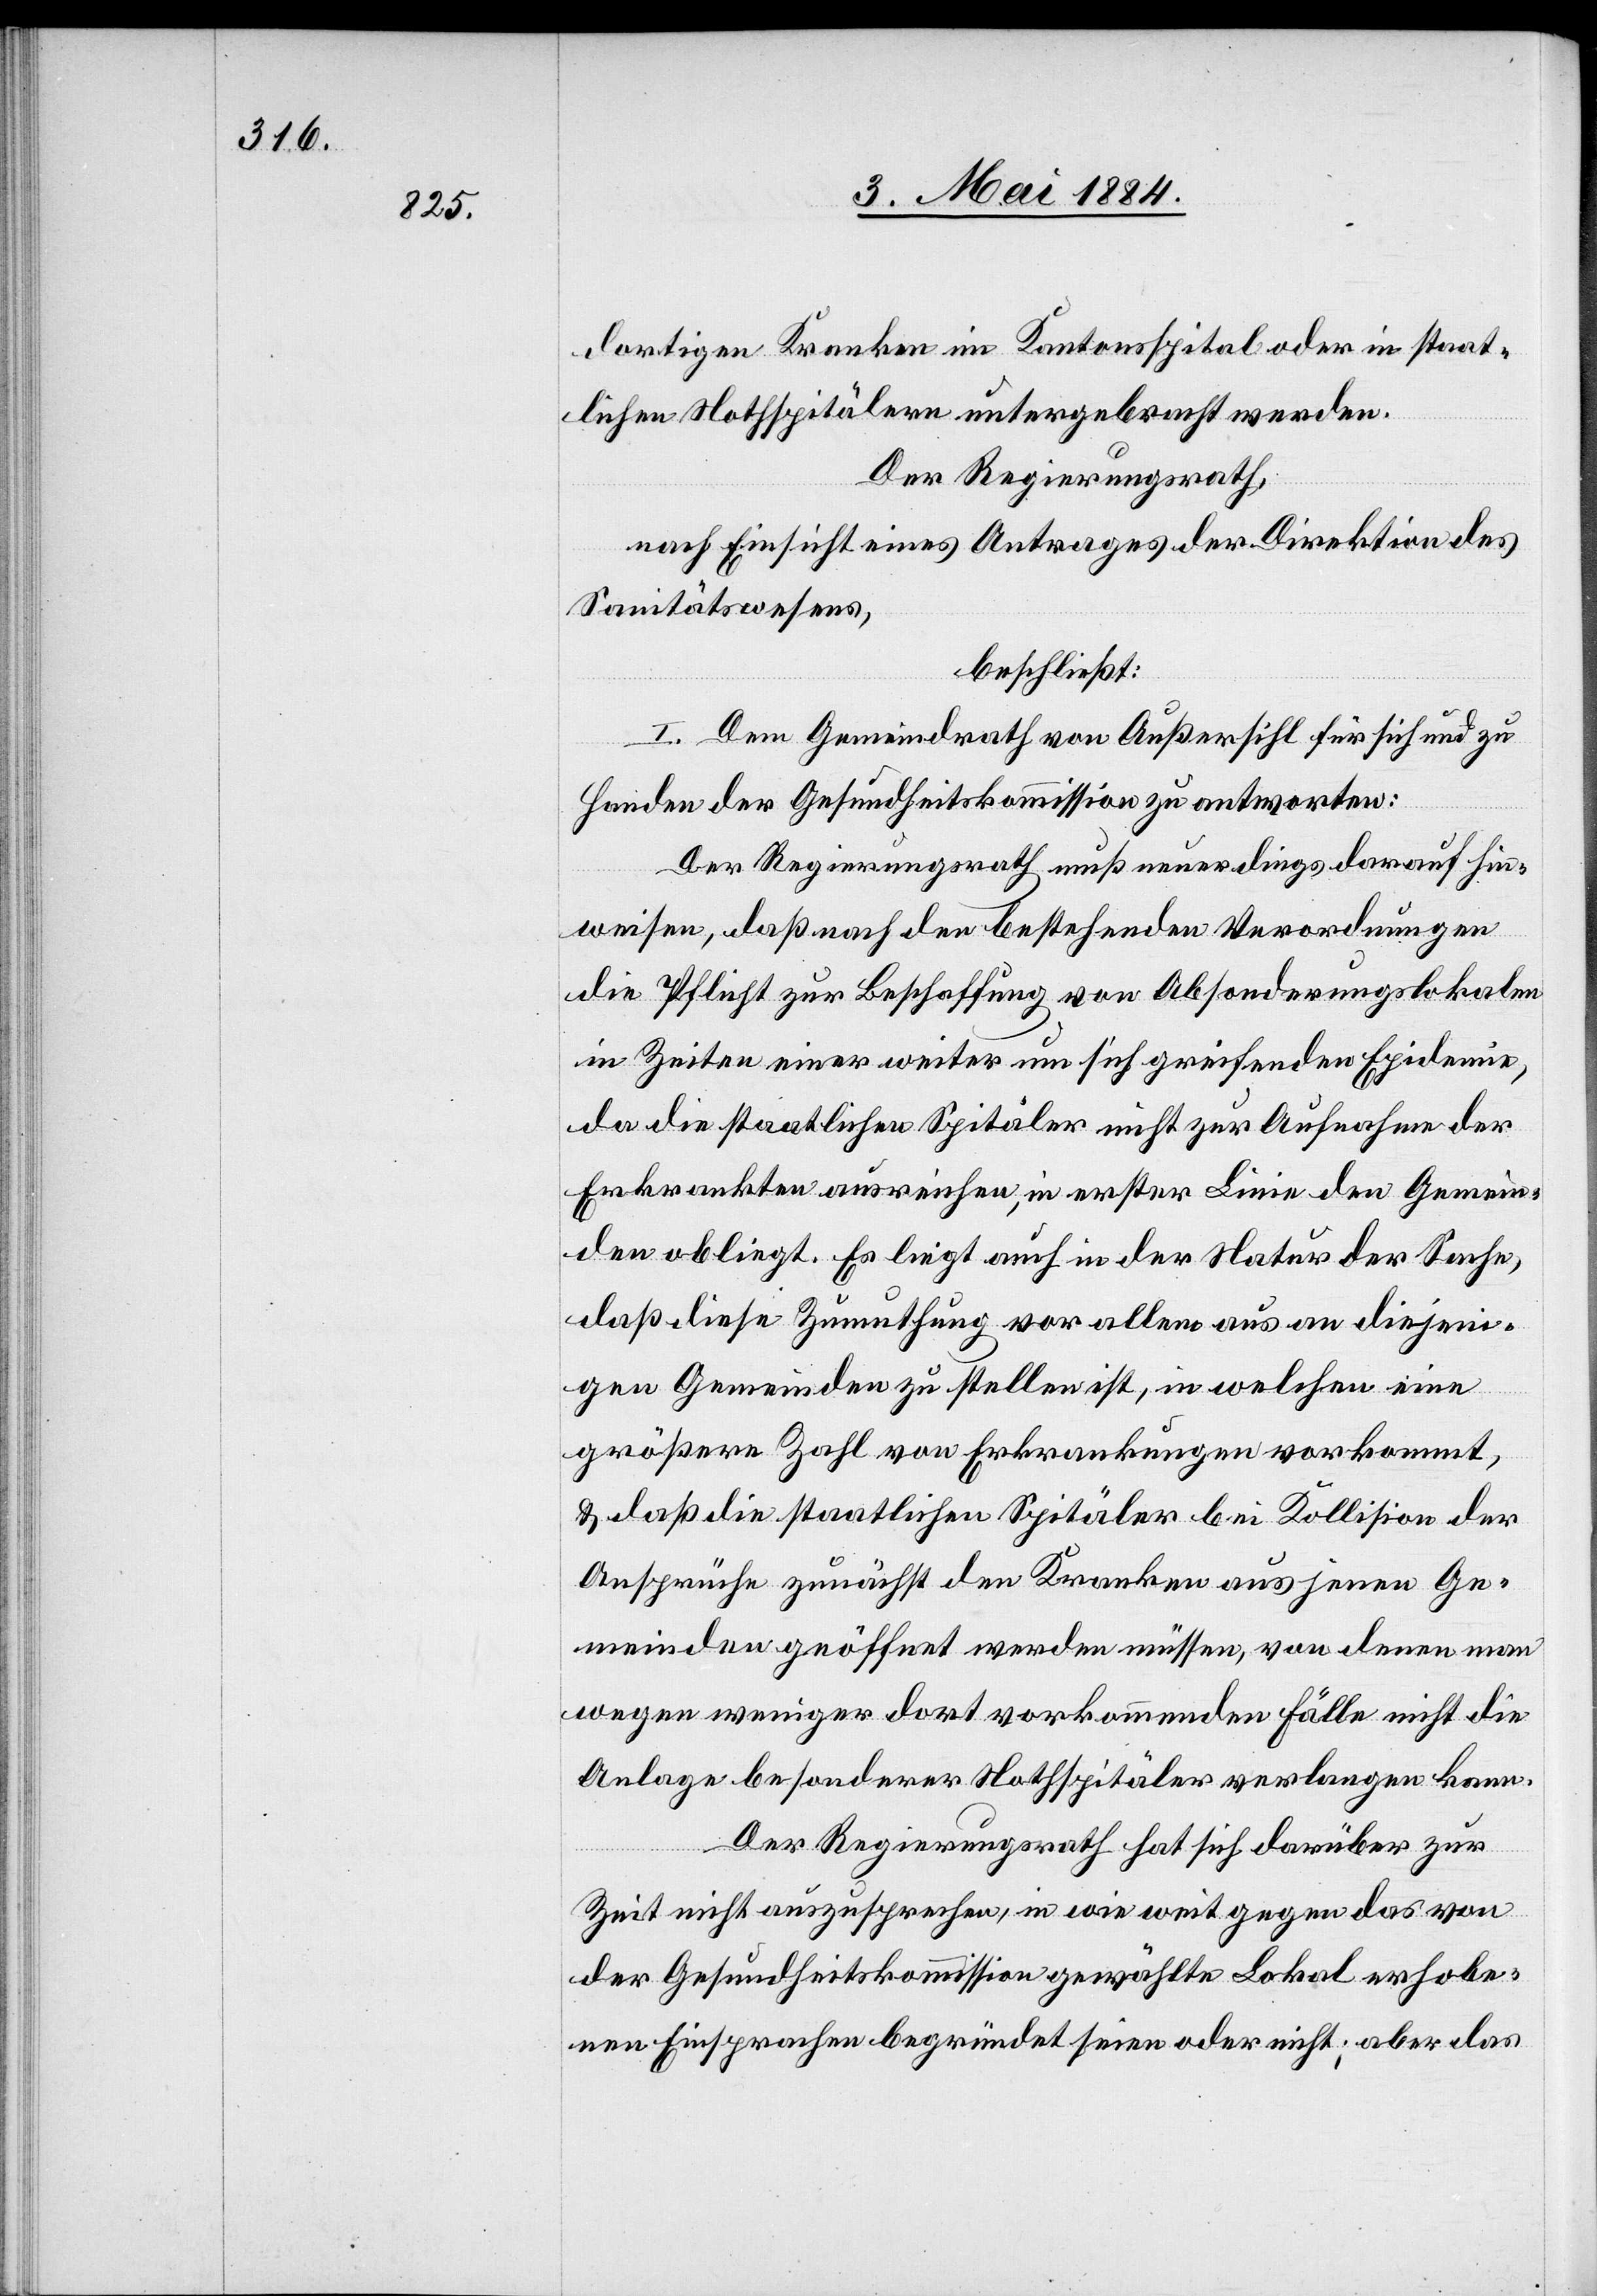
dortigen Kranken im Kantonsspital oder in staat¬
lichen Nothspitälern untergebracht werden.
Der Regierungsrath,
nach Einsicht eines Antrages der Direktion des
Sanitätswesens,
beschließt:
I. Dem Gemeindrath von Außersihl für sich und zu
Handen der Gesundheitskommission zu antworten:
Der Regierungsrath muß neuerdings darauf hin¬
weisen, daß nach den bestehenden Verordnungen
die Pflicht zur Beschaffung von Absonderungslokalen
in Zeiten einer weiter um sich greifenden Epidemie,
da die staatlichen Spitäler nicht zur Aufnahme der
Erkrankten ausreichen, in erster Linie den Gemein¬
den obliegt. Es liegt auch in der Natur der Sache,
daß diese Zumuthung vor allem aus [sic!] an diejeni¬
gen Gemeinden zu stellen ist, in welchen eine
größere Zahl von Erkrankungen vorkommt,
& daß die staatlichen Spitäler bei Kollision der
Ansprüche zunächst den Kranken aus jenen Ge¬
meinden geöffnet werden müssen, von denen man
wegen weniger dort vorkommenden Fälle nicht die
Anlage besonderer Nothspitäler verlangen kann.
Der Regierungsrath hat sich darüber zur
Zeit nicht auszusprechen, in wie weit gegen das von
der Gesundheitskommission gewählte Lokal erhobe¬
ne Einsprachen begründet seien oder nicht; aber das